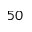
5 0